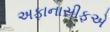
અફાનાસીફએ